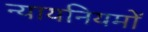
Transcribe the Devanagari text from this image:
न्यायनियमों